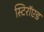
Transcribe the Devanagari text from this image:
स्टिरॉएड